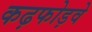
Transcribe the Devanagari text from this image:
कढ़फोड़वे